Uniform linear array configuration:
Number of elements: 64
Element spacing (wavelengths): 0.25
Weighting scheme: hamming
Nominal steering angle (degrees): -30
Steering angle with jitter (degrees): -31.208
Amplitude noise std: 0.05
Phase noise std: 0.05

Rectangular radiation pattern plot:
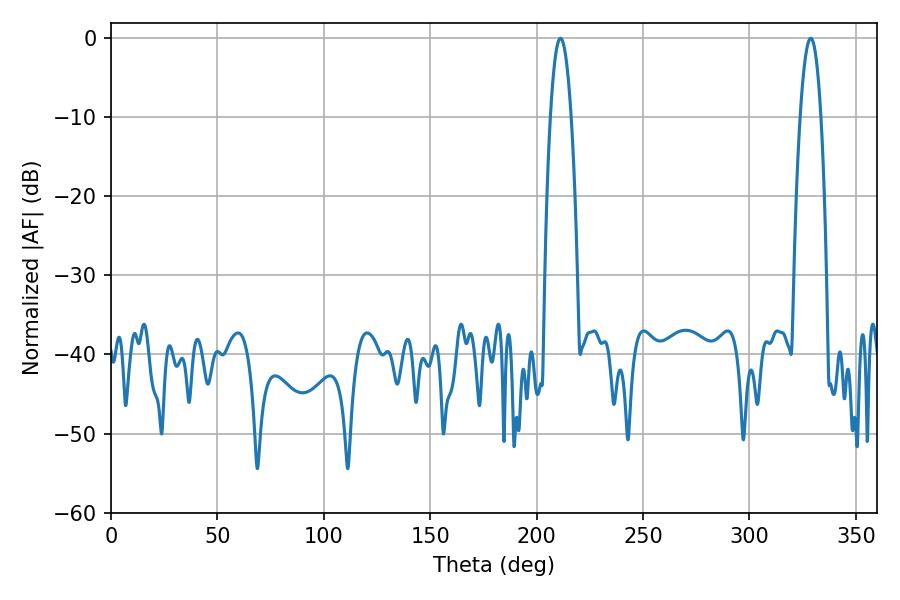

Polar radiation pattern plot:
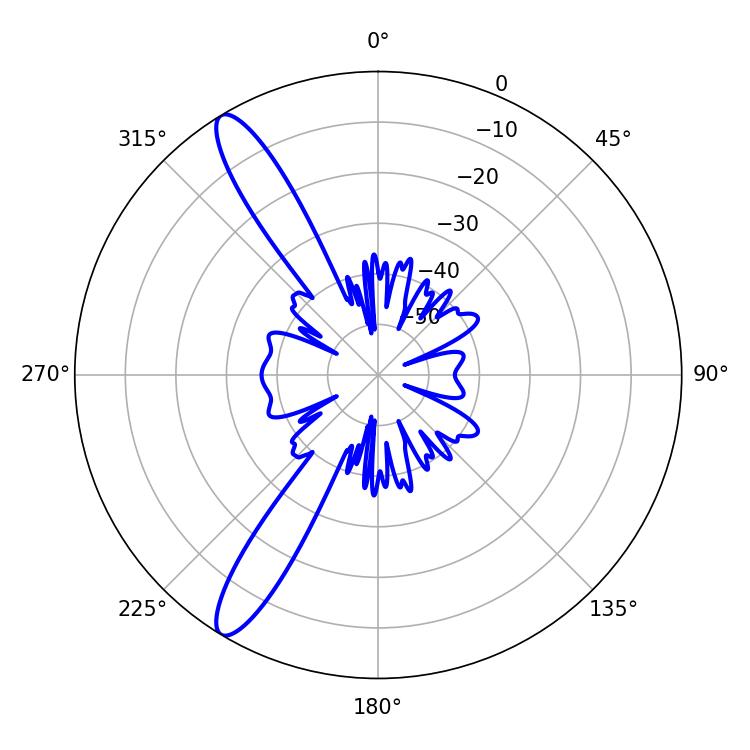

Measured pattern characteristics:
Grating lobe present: FALSE
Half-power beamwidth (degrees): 5.22
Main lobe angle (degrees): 211.14